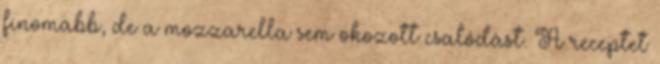
finomabb, de a mozzarella sem okozott csalódást. A receptet